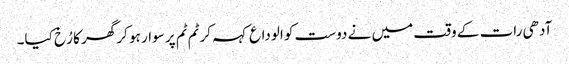
آدھی رات کے وقت میں نے دوست کو الوداع کہہ کر ٹم ٹم پر سوار ہو کر گھر کا رُخ کیا۔